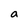
Character: a